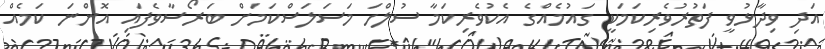
އަދި ވިދާޅުވީ ފަތުރުވެރިކަމަކީ ގައުމެއްގެ އެކުވެރިކަމާ ސުލްހަ މަސަލަސްކަމަށް ބަރޯސާވެފައި އޮންނަ ކަމެއް